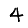
Digit: 4